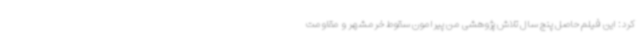
کرد: این فیلم حاصل پنج سال تلاش پژوهشی من پیرامون سقوط خرمشهر و مقاومت